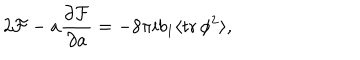
2 { \cal F } - a { \frac { \partial { \cal F } } { \partial a } } = - 8 \pi i b _ { 1 } \langle \mathrm { t r } \, \phi ^ { 2 } \rangle ,